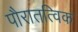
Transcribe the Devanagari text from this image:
पौरातत्विक